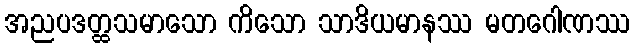
အညပဒတ္ထသမာသော ကိသော သာဒိယမာနဿ မတဂေါဏဿ